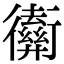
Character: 𢖡